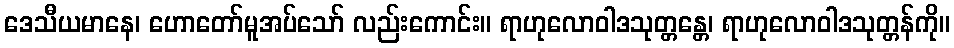
ဒေသီယမာနေ၊ ဟောတော်မူအပ်သော် လည်းကောင်း။ ရာဟုလောဝါဒသုတ္တန္တေ၊ ရာဟုလောဝါဒသုတ္တန်ကို။